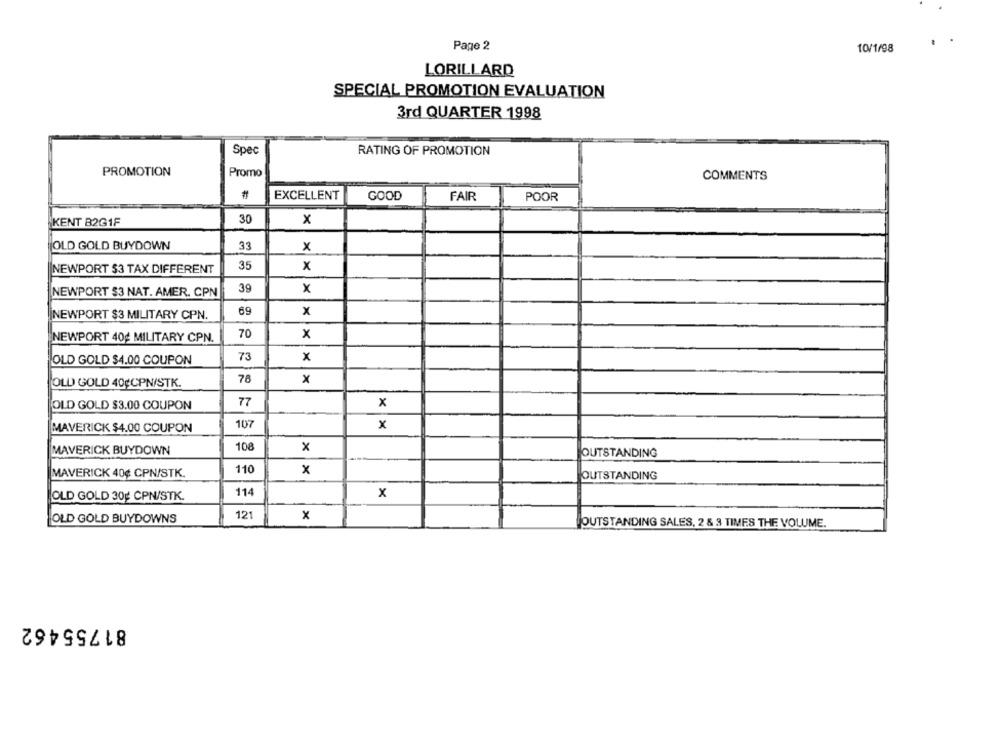
Page 2
10/1/98
LORILLARD
SPECIAL PROMOTION EVALUATION
3rd QUARTER 1998
Spec
RATING OF PROMOTION
PROMOTION
Promo
COMMENTS
#
EXCELLENT
GOOD
FAIR
POOR
KENT 82G1F
30
x
OLD GOLD BUYDOWN
33
x
35
x
NEWPORT $3 TAX DIFFERENT
39
x
NEWPORT $3 NAT. AMER. CPN
69
x
NEWPORT $3 MILITARY CPN.
70
x
NEWPORT 40g MILITARY CPN.
73
x
OLD GOLD $4.00 COUPON
78
x
OLD GOLD 40¢CPN/STK.
OLD GOLD $3.00 COUPON
77
x
107
MAVERICK $4.00 COUPON
x
108
MAVERICK BUYDOWN
x
OUTSTANDING
MAVERICK 40¢ CPN/STK.
110
x
OUTSTANDING
OLD GOLD 30g CPN/STK.
114
x
OLD GOLD BUYDOWNS
121
x
OUTSTANDING SALES, 2 & 3 TIMES THE VOLUME.
81755462